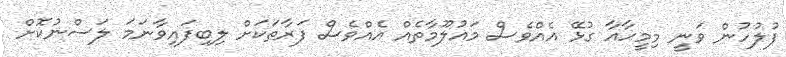
ފުލުހުން ވަނީ މިމީހާއާ ގުޅޭ އެއްވެސް މައުލޫމާތެއް އެއްވެސް ފަރާތަކަށް ލިބިފައިވާނަމަ ލަސްނުކޮށް